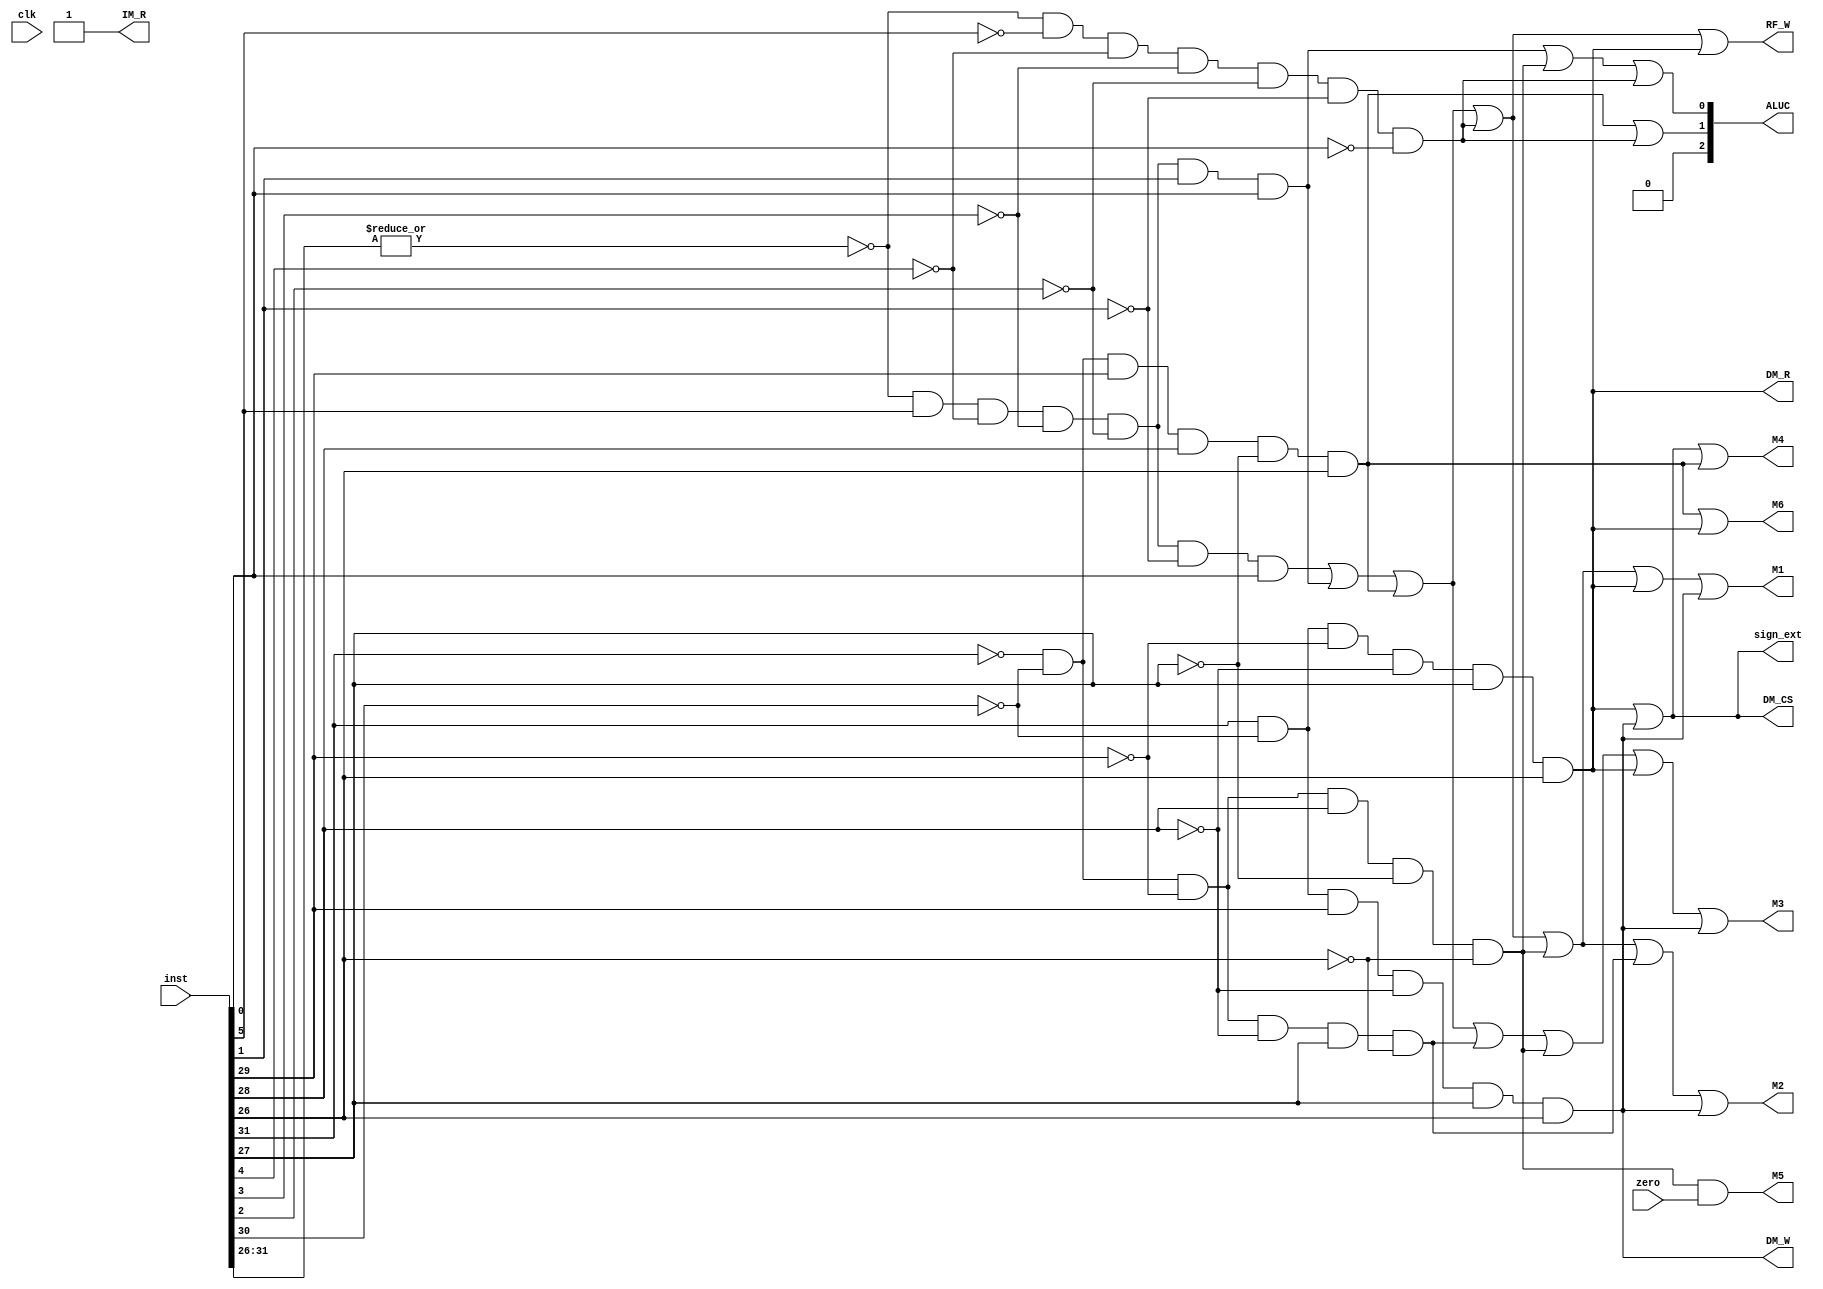
`timescale 1ns / 1ps

module decoder(
  input [31:0] inst,
  input clk,
  input zero,
  output IM_R,
  output M3,
  output M4,
  output [2:0] ALUC,
  output M2,
  output RF_W,
  output M5,
  output M1,
  output DM_CS,
  output DM_R,
  output DM_W,
  output M6,
  output sign_ext);
    
  wire [5:0] func=inst[5:0];  
  wire [5:0] op=inst[31:26];
  wire r_type=~|op;
  wire addu,subu,ori,sll,lw,sw,beq,j_i;
    
  assign addu=r_type &func[5]&~func[4]&~func[3]&~func[2]&~func[1]&func[0];
  assign subu=r_type &func[5]&~func[4]&~func[3]&~func[2]&func[1]&func[0];    
  assign ori=~op[5]&~op[4]&op[3]&op[2]&~op[1]&op[0];
  assign sll=r_type &~func[5]&~func[4]&~func[3]&~func[2]&~func[1]&~func[0];
  assign lw=op[5]&~op[4]&~op[3]&~op[2]&op[1]&op[0];
  assign sw=op[5]&~op[4]&op[3]&~op[2]&op[1]&op[0];
  assign beq=~op[5]&~op[4]&~op[3]&op[2]&~op[1]&~op[0];
  assign j_i=~op[5]&~op[4]&~op[3]&~op[2]&op[1]&~op[0];

  assign IM_R=1;
 
  assign RF_W=addu|subu|ori|sll|lw;

  assign DM_CS=lw|sw;
  assign DM_R=lw;
  assign DM_2=sw;
  assign DM_W=sw;

  assign ALUC[2]=0;
  assign ALUC[1]=ori|sll;
  assign ALUC[0]=subu|beq|sll;

  assign M1=addu|subu|ori|sll|beq|lw|sw;
  assign M2=addu|subu|ori|sll|beq|j_i|sw;
  assign M3=addu|subu|ori|j_i|beq|lw|sw;
  assign M4=lw|sw|ori;
  assign M5=beq&zero;
  assign M6=ori|lw;

  assign sign_ext=lw | sw;

endmodule